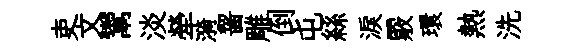
吏文鬻淡犖漪齧雕倒屯絲淚覈環熱洗